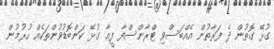
ގުޅޭ ގޮތުން ދެ ފަރާތުން އެއްބަސްވި ޓްރާންސްފާ ފީއާ ގުޅޭ ކަންބޮޑުވުންތަކެއް ހުރުމުން